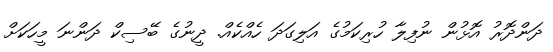
ދަންދޮރު އޮޅުން ނުފިލާ ހުރިކަމުގެ އަލިގަދަ ހެއްކެއް. ދީނުގެ ބޭސިކް ދަންނަ މީހަކަށް